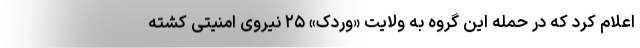
اعلام کرد که در حمله این گروه به ولایت «وردک» ۲۵ نیروی امنیتی کشته